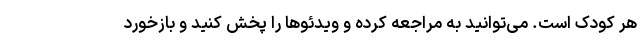
هر کودک است. می‌توانید به مراجعه کرده و ویدئوها را پخش کنید و بازخورد